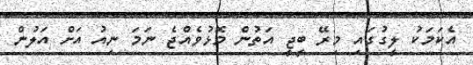
އެކަމަކު ލީގުގައި މިރޭ ބީޖީ އަތުން މޮޅުވެއްޖެ ނަމަ ނިއު އަށް އަލުން